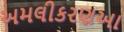
અમલીકરણઆ